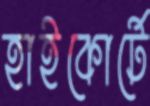
হাইকোর্টে